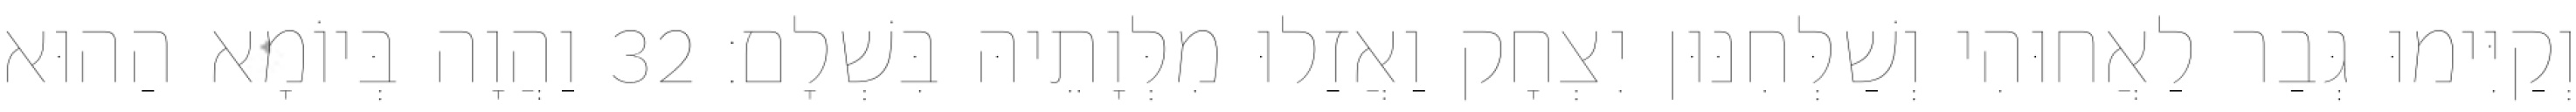
וְקַיִּימוּ גְּבַר לַאֲחוּהִי וְשַׁלְּחִנּוּן יִצְחָק וַאֲזַלוּ מִלְּוָתֵיהּ בִּשְׁלָם׃ 32 וַהֲוָה בְּיוֹמָא הַהוּא